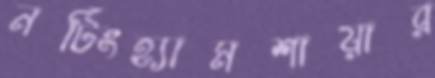
নটিংহ্যামশায়ার